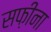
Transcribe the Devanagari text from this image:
सफ़ीना